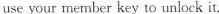
use your member key to unlock it.